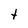
Character: t